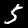
Digit: 5